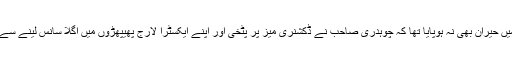
یہ سوچتے ہوئے ابھی ٹھیک سے میں حیران بھی نہ ہوپایا تھا کہ چوہدری صاحب نے ڈکشنری میز پر پٹخی اور اپنے ایکسٹرا لارج پھیپھڑوں میں اگلا سانس لینے سے پہلے میری طرف سوال اچھال دیا۔